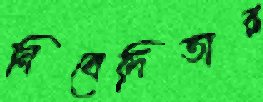
নিবেদিতার